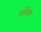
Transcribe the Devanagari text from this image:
ऑरलेम